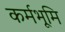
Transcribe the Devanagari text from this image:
कर्मभूमि